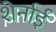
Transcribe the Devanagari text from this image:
शेर्नाई